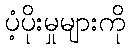
ပံ့ပိုးမှုများကို